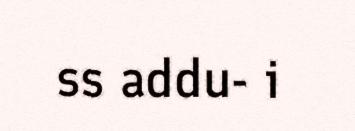
ss addu- i